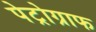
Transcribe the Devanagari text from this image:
पेट्रोग्राफ